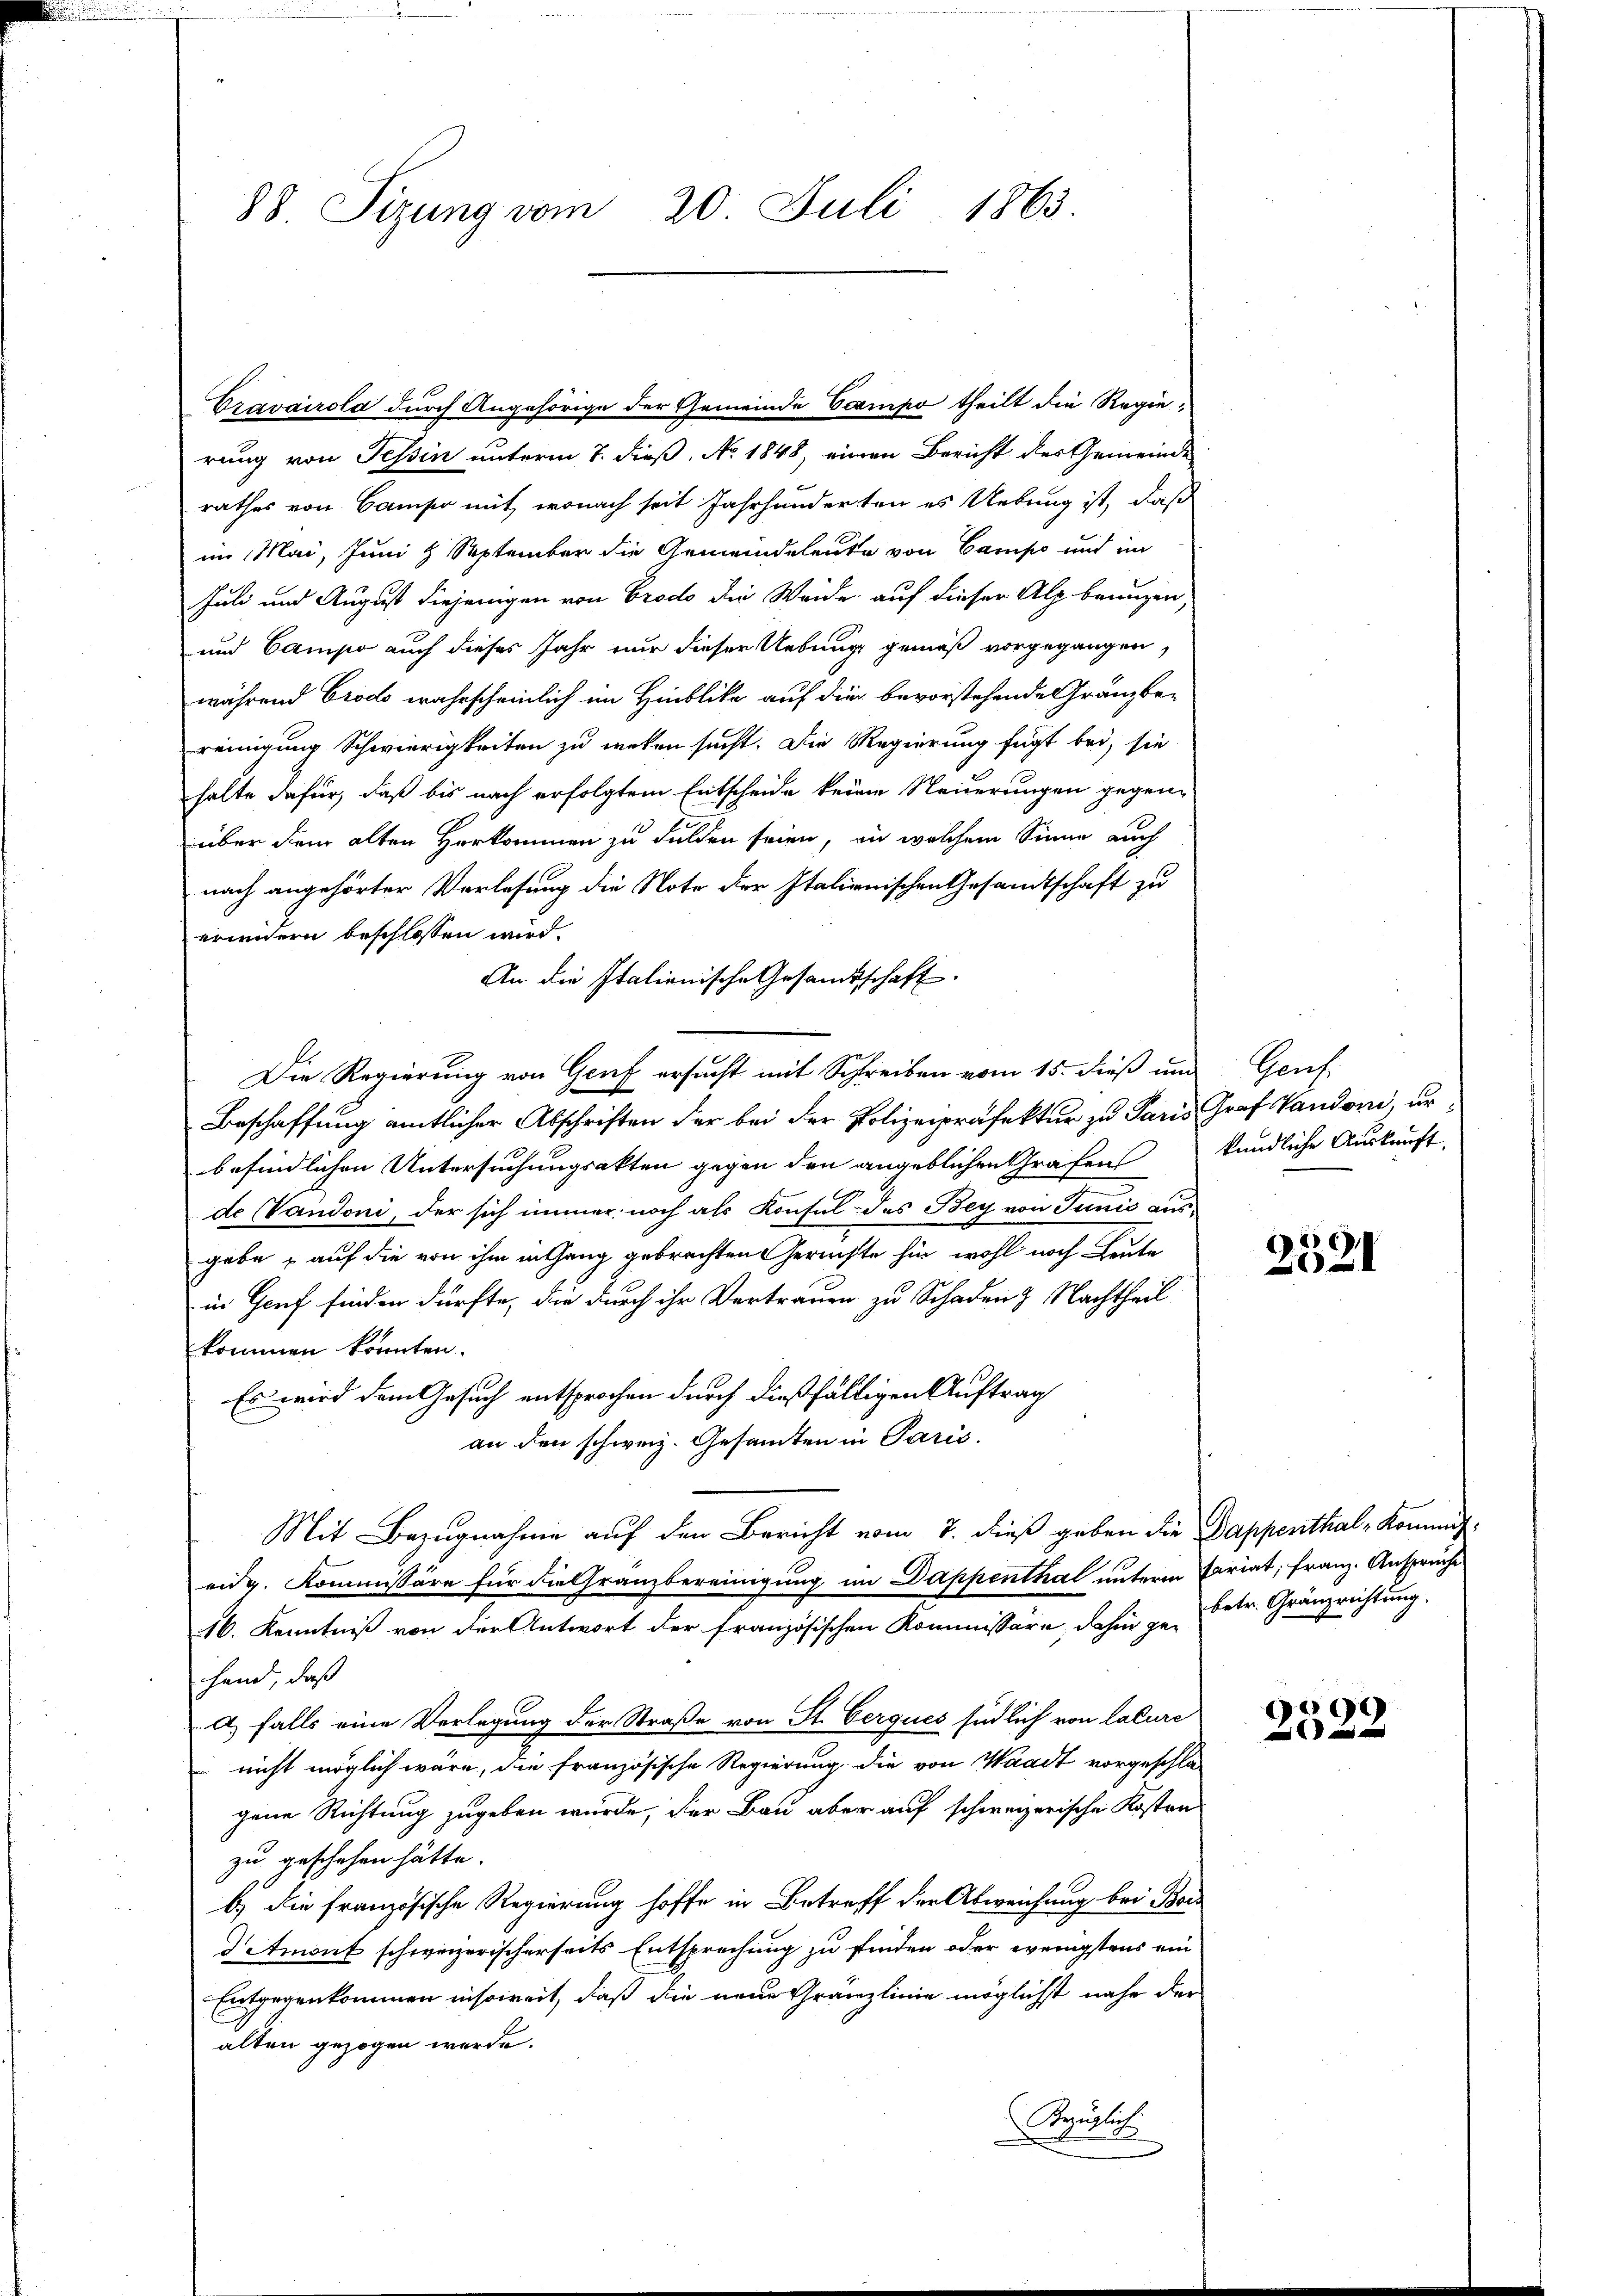
88. Sizung vom 20. Juli 1863.

Czavairola durch Angehörige der Gemeinde Ccempo theilt die Regie-
rung von Tessin unterm 7. dieß, No 1848, einen Bericht des Gemeinde
rathes von Camp mit, wonach seit Jahrhunderten es Uebung ist, daß
im Mai, Juni 8 September die Gemeindeleute von Campe und im
Juli und August diejenigen von Crodo die Weide auf dieser Alp brunzen
und Campe auch dieses Jahr nur dieser Uebung gemäß vorgegangen,
während Crodo wahrscheinlich im Hinblicke auf die bevorstehende Gränzbe-
reinigung Schwierigkeiten zu weken sucht. Die Regierung fügt bei, sie
halte dafür, daß bis nach erfolgtem Entscheide keine Neuerungen gegene
über dem alten Herkommen zu Fulden seien, in welchem Sinne auch
nach angehörter Vorlesung die Note der Italianischen Gesandtschaft zu
erwidern beschlossen wird.
An die Italienische Gesandtschaft.
Die Regierung von Genf ersucht mit Schreiben vom 15. dieß und Genf.
Beschaffung amtlicher Abschriften der bei der Polizeipräfektur zu Paris Graf Vaudoni, urbefindlichen Untersuchungsakten gegen den angeblichen Grafen kundliche Auskunft,
de (Vandoni, der sich immer noch als Konsul des Bey von Junić ausgebe, auf die von ihm enthang gebrachten Gerichte hin, wohl noch Leute
in Genf finden dürfte, die durch ihr Vertrauen zu Schaden & Nachtheil
kommen konnten.
Es wird dem Gesuch entsprochen durch dießfälligen Auftrag
an den schweiz. Gesamten in Paris.
Mit Bezugnahme auf den Bericht vom 7. dieß geben die Pappenthal - Kommiteidg. Kommissäre für die Granzbereinigung im Dappenthal unterm Pariat, franz. Ansprüche
16. Kenntniß von der Antwort der französischen Kommissäre dahin ge- betr. Gränzrichtung.
hand, daß
a) falls eine Verlegung der Straße von St. Cerques südlich von lature
nicht möglich wäre, die französische Regierung die von Waadt vorgeschlagene Richtung zugeben wurde, der Bau aber auf schweizerische Kosten
zu geschehen hätte.
b) die französische Regierung hoffe in Betreff der Abweichung bei Bor¬
Amont schweizerischerseits Entsprechung zu finden oder wenigstens ein
Entgegenkommen insoweit, daß die neue Granzlinie möglichst nahe der
alten gezogen werde.
Be
zügl
dach

2521

2522